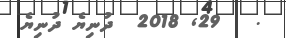
.   29